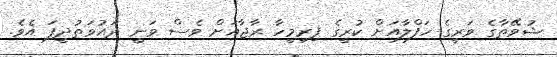
ޝުވޭތާގެ ވަރީގެ ހަފްލާއަށް ކުރީގެ ފިރިމީހާ ރާޖާއަށް ވެސް ވަނީ ދައުވަތުދީފަ އެވެ.